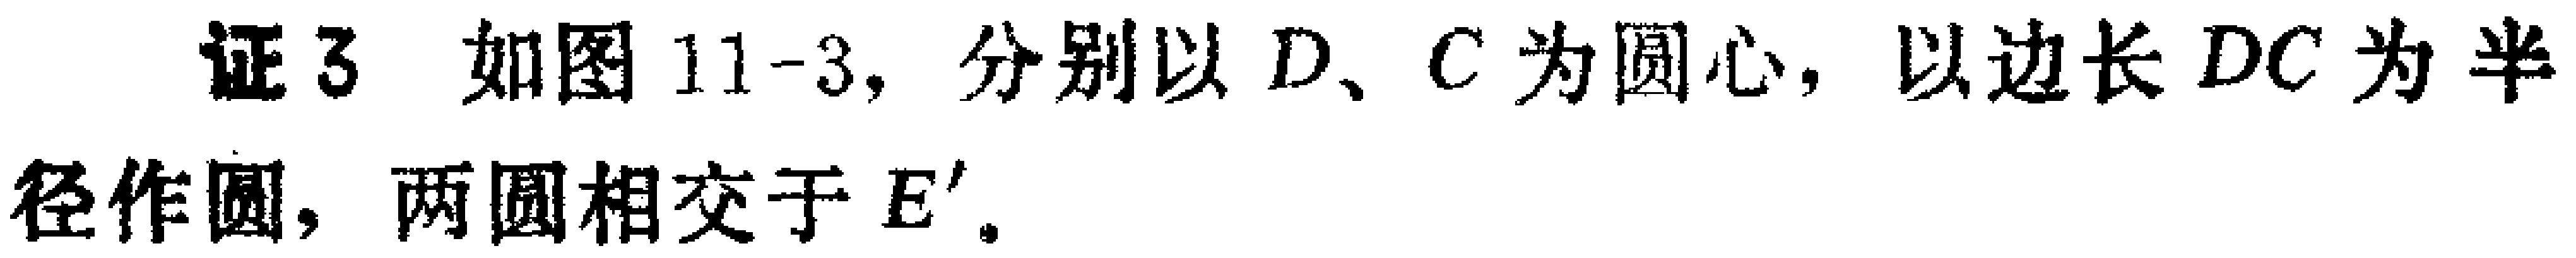
证3 如图11-3，分别以\(D\)、\(C\)为圆心，以边长\(DC\)为半径作圆，两圆相交于\(E'\)。